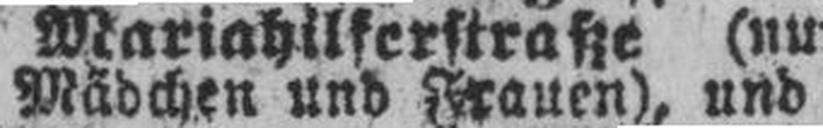
Mädchen und Frauen), und